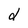
Character: d